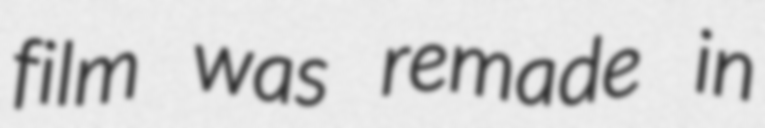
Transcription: film was remade in